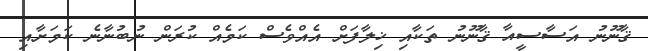
ޤާނޫނު އަސާސީއާ ޤާނޫނު ތަކާއި ޚިލާފަށް އެއްވެސް ކަމެއް ކުރަން ނުބުނާނެ ކަމަށާއި